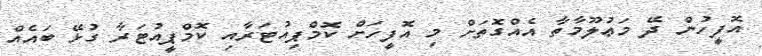
އޮފީހުން ދޭ މަޢުލޫމާތާ އެއްގޮތަށް މި އޮފީހަށް ކޮމްޕިއުޓަރާއި ކޮމްޕީއުޓަރާ ގުޅޭ ބައެއް